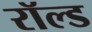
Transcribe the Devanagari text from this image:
रॉल्‍ड